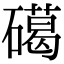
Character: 礍